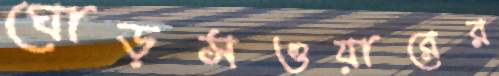
ঘোড়সওয়ারের